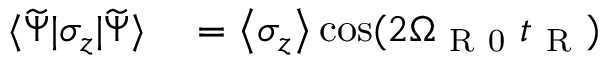
\begin{array} { r l } { \langle \widetilde { \Psi } | \sigma _ { z } | \widetilde { \Psi } \rangle } & { { } = \left\langle \sigma _ { z } \right\rangle \cos ( 2 \Omega _ { \mathrm { ~ R ~ 0 ~ } } t _ { \mathrm { ~ R ~ } } ) } \end{array}